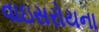
વાઇસરોયના